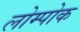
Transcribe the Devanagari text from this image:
लोम्पोक